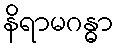
နိရာမဂန္ဓာ